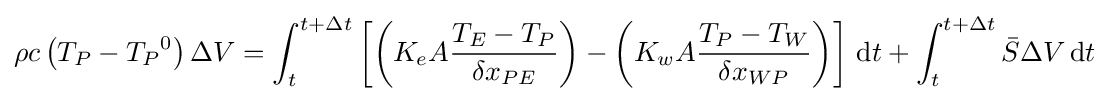
\rho c\left(T_{P}-{T_{P}}^{0}\right)\Delta V=\int _{t}^{t+\Delta t}\left[\left(K_{e}A{\frac {T_{E}-T_{P}}{\delta x_{PE}}}\right)-\left(K_{w}A{\frac {T_{P}-T_{W}}{\delta x_{WP}}}\right)\right]\,\mathrm {d} t+\int _{t}^{t+\Delta t}{\bar {S}}\Delta V\,\mathrm {d} t